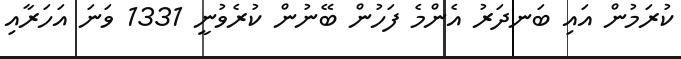
ކުރަމުން އައި ބަނދަރު އެންމެ ފަހުން ބޭނުން ކުރެވުނީ 1331 ވަނަ އަހަރާއި